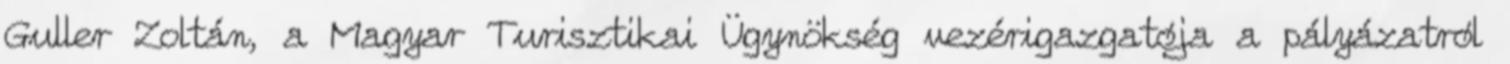
Guller Zoltán, a Magyar Turisztikai Ügynökség vezérigazgatója a pályázatról